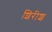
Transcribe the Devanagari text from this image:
शिरीश